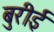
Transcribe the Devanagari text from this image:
बुरीई